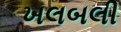
ખલબલી